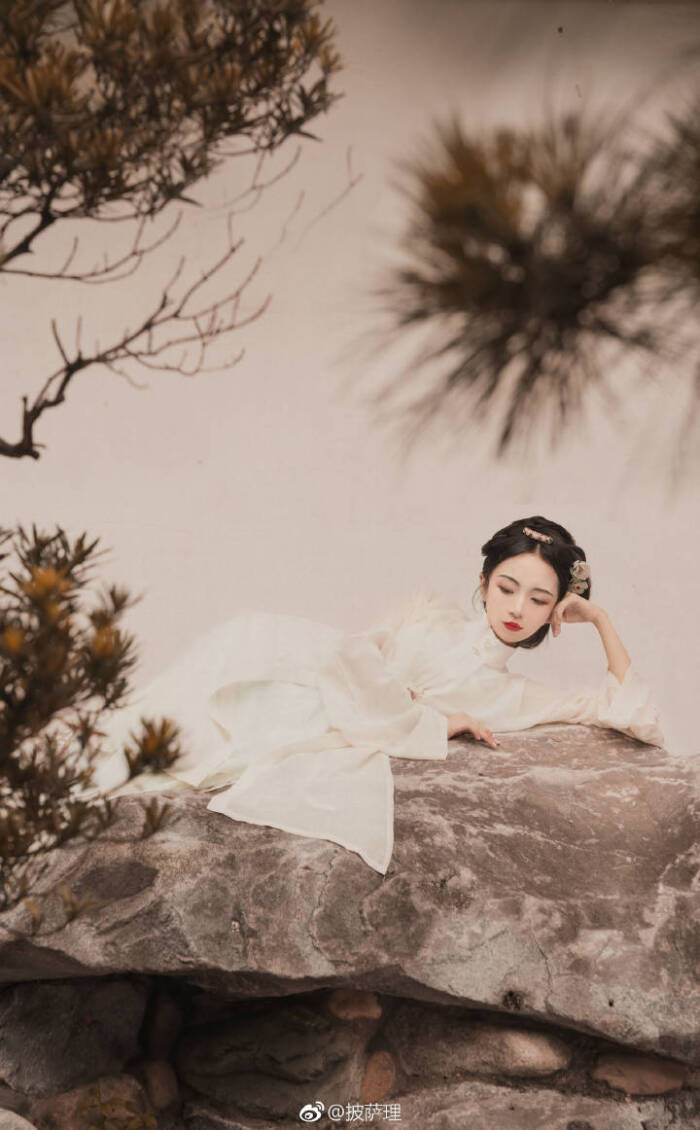
髻子伤春慵更梳。晚风庭院落梅初。